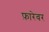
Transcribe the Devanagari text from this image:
फ़ारेवर